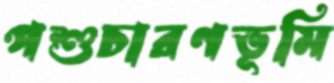
পশুচারণভূমি